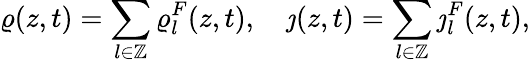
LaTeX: \varrho(z,t)=\sum_{l\in\mathbb{Z}}\varrho_{l}^{F}(z,t),\quad\jmath(z,t)=\sum_{l\in\mathbb{Z}}\jmath_{l}^{F}(z,t),